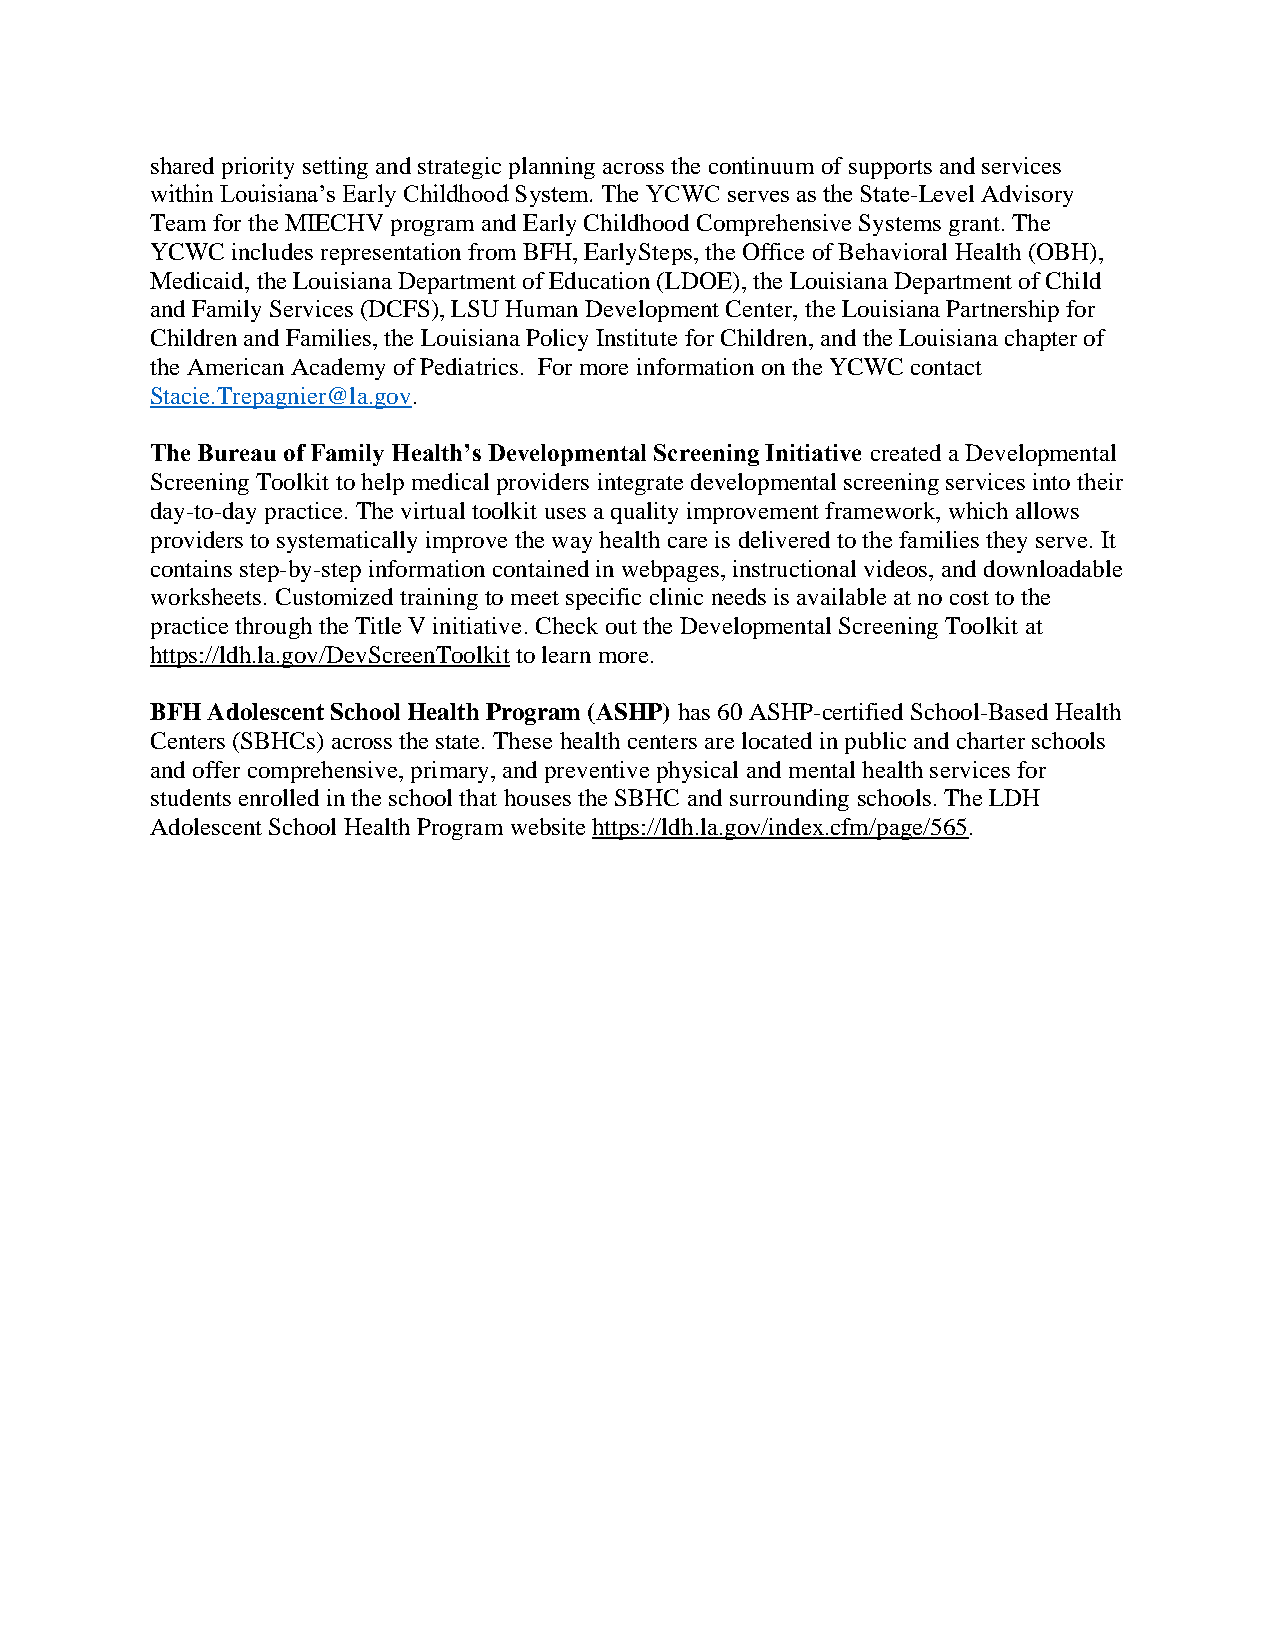
shared priority setting and strategic planning across the continuum of supports and services
 within Louisiana’s Early Childhood System. The YCWC serves as the State-Level Advisory
 Team for the MIECHV program and Early Childhood Comprehensive Systems grant. The
 YCWC includes representation from BFH, EarlySteps, the Office of Behavioral Health (OBH),
 Medicaid, the Louisiana Department of Education (LDOE), the Louisiana Department of Child
 and Family Services (DCFS), LSU Human Development Center, the Louisiana Partnership for
 Children and Families, the Louisiana Policy Institute for Children, and the Louisiana chapter of
 the American Academy of Pediatrics. For more information on the YCWC contact
 Stacie.Trepagnier@la.gov.
 The Bureau of Family Health’s Developmental Screening Initiative created a Developmental
 Screening Toolkit to help medical providers integrate developmental screening services into their
 day-to-day practice. The virtual toolkit uses a quality improvement framework, which allows
 providers to systematically improve the way health care is delivered to the families they serve. It
 contains step-by-step information contained in webpages, instructional videos, and downloadable
 worksheets. Customized training to meet specific clinic needs is available at no cost to the
 practice through the Title V initiative. Check out the Developmental Screening Toolkit at
 https://ldh.la.gov/DevScreenToolkit to learn more.
 BFH Adolescent School Health Program (ASHP) has 60 ASHP-certified School-Based Health
 Centers (SBHCs) across the state. These health centers are located in public and charter schools
 and offer comprehensive, primary, and preventive physical and mental health services for
 students enrolled in the school that houses the SBHC and surrounding schools. The LDH
 Adolescent School Health Program website https://ldh.la.gov/index.cfm/page/565.